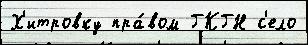
Х'итровку пра́вом ГКГН с'ело